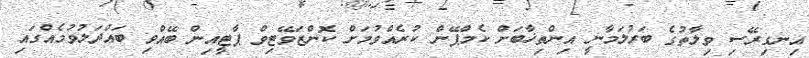
އިނގިރޭސި ވިލާތުގެ ބަރުލަމާނީ އިންތިޚާބަށް ކެމްޕޭން ކުރެއްވުމަށް ކޮންޒަވޭޓިވް ޕާޓީއިން ބޭއްވި ބައްދަލުވުމެއްގައި